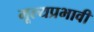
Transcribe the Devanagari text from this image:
मूल्यप्रभावी